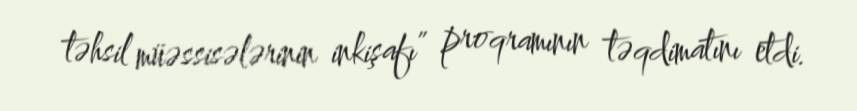
təhsil müəssisələrinin inkişafı” proqramının təqdimatını etdi.